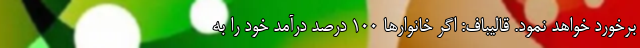
برخورد خواهد نمود. قالیباف: اگر خانوارها ۱۰۰ درصد درآمد خود را به